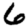
Digit: 6